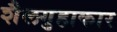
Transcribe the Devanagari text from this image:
शैलगुहाकार